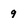
Character: 9